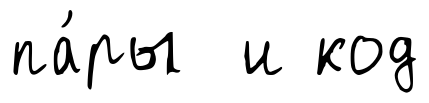
па́ры и код